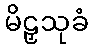
မိဠှသုခံ